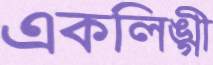
একলিঙ্গী